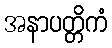
အနာပတ္တိကံ